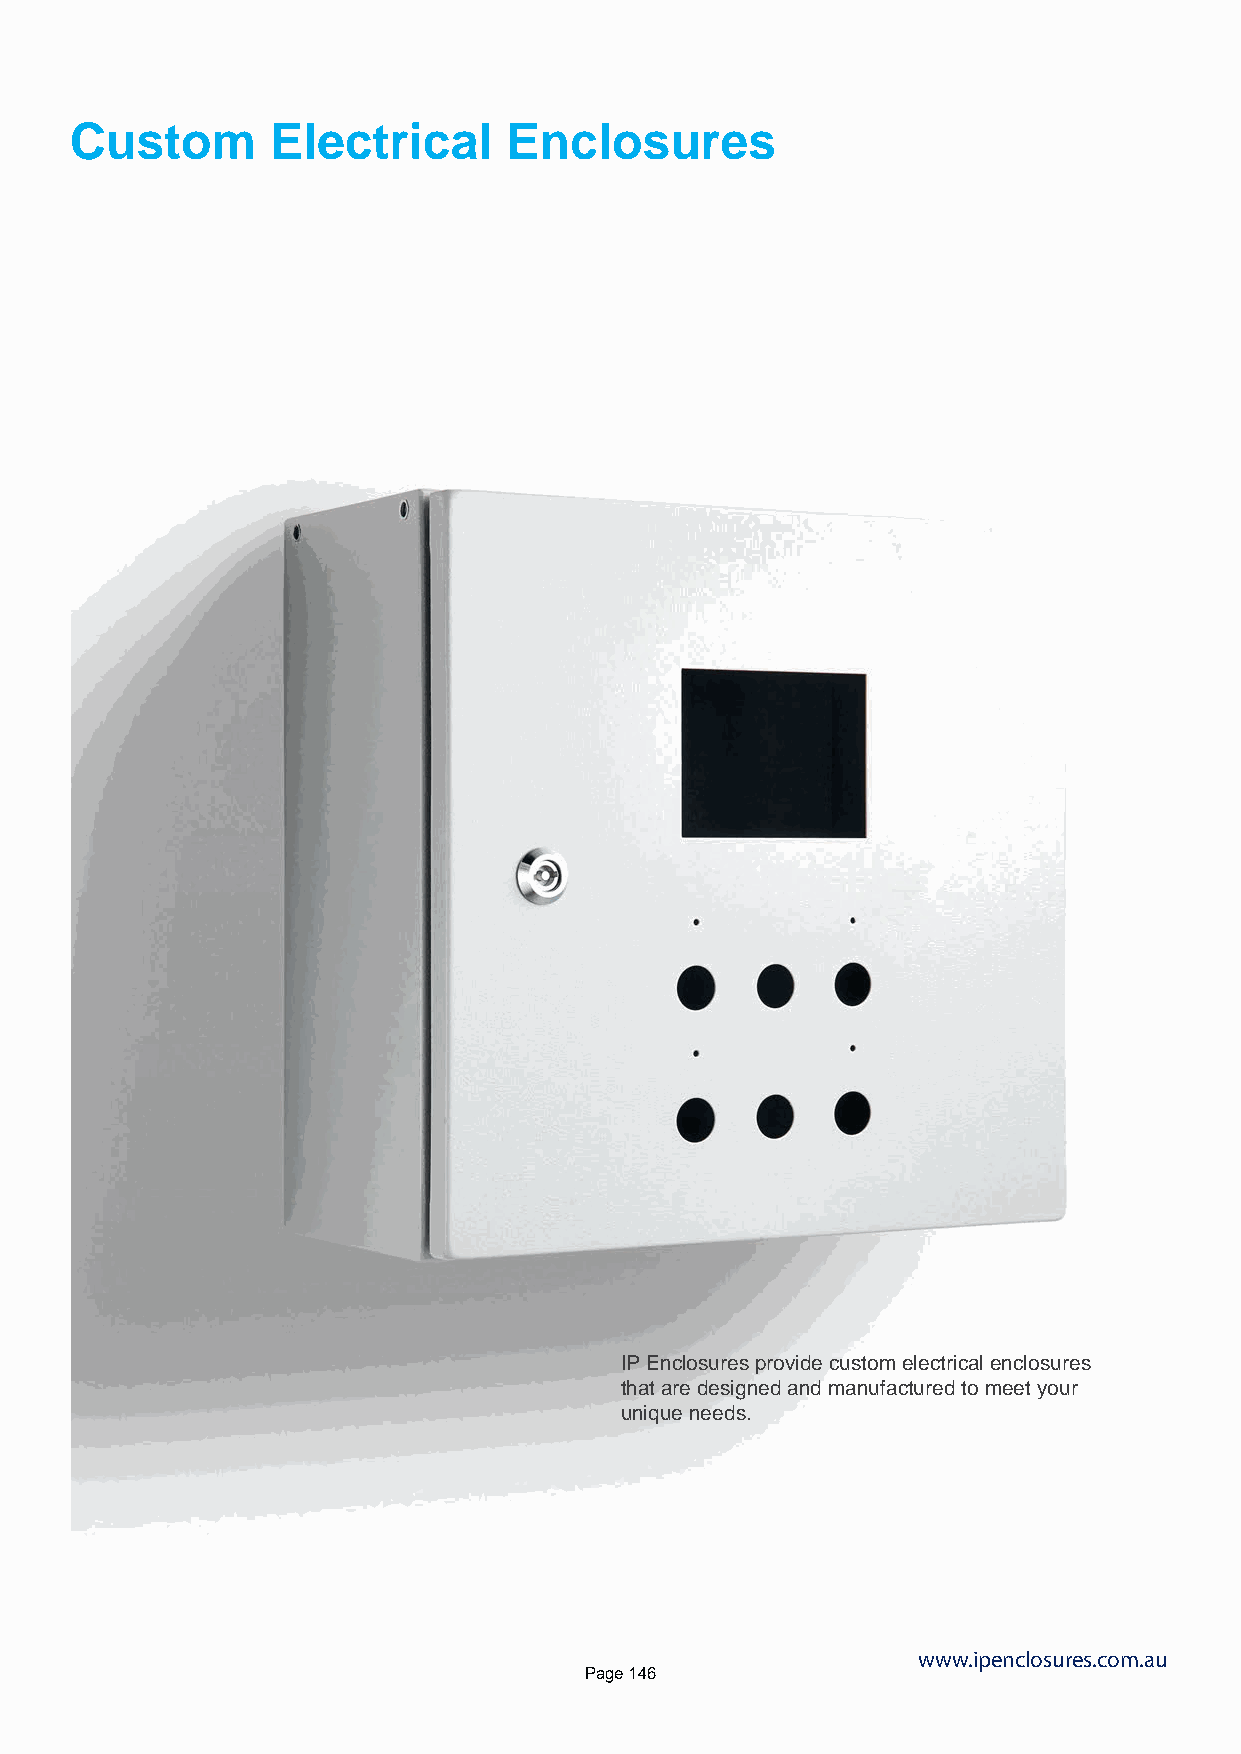
Custom       Electrical     Enclosures
 IP Enclosures provide custom electrical enclosures
 that are designed and manufactured to meet your
 unique needs.
 www.ipenclosures.com.au
 Page 146